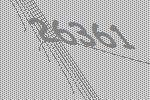
26361